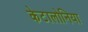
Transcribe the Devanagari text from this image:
केटालोनिया